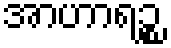
အာဟာရဉ္စ